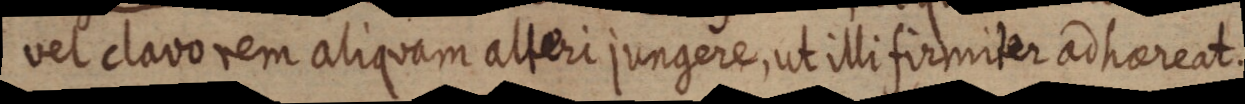
vel clavorem aliquam alteri jungere, ut illi firmiter ad hareat.